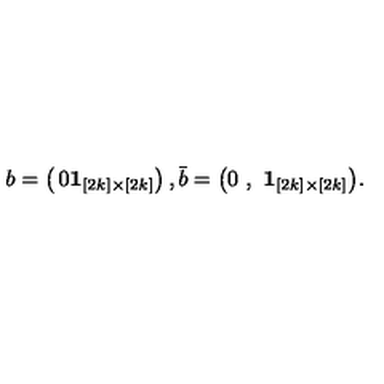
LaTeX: b = \left( \begin{matrix} { 0 } \\ { { \bf 1 } _ { [ 2 k ] \times [ 2 k ] } } \\ \end{matrix} \right) , \bar { b } = \big ( 0 \ , \ { \bf 1 } _ { [ 2 k ] \times [ 2 k ] } \big ) .